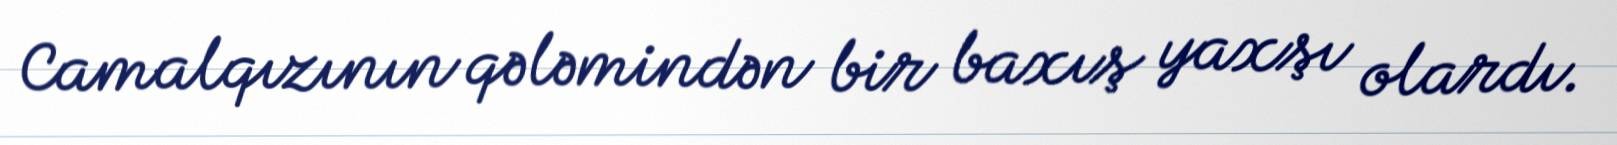
Camalqızının qələmindən bir baxış yaxşı olardı.